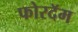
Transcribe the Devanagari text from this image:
फोरदॅम